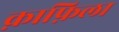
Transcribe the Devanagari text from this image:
क़ाफ़िला